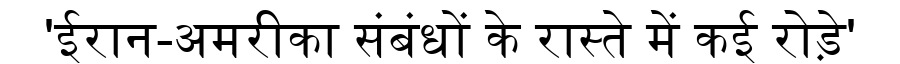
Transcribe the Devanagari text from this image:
'ईरान-अमरीका संबंधों के रास्ते में कई रोड़े'